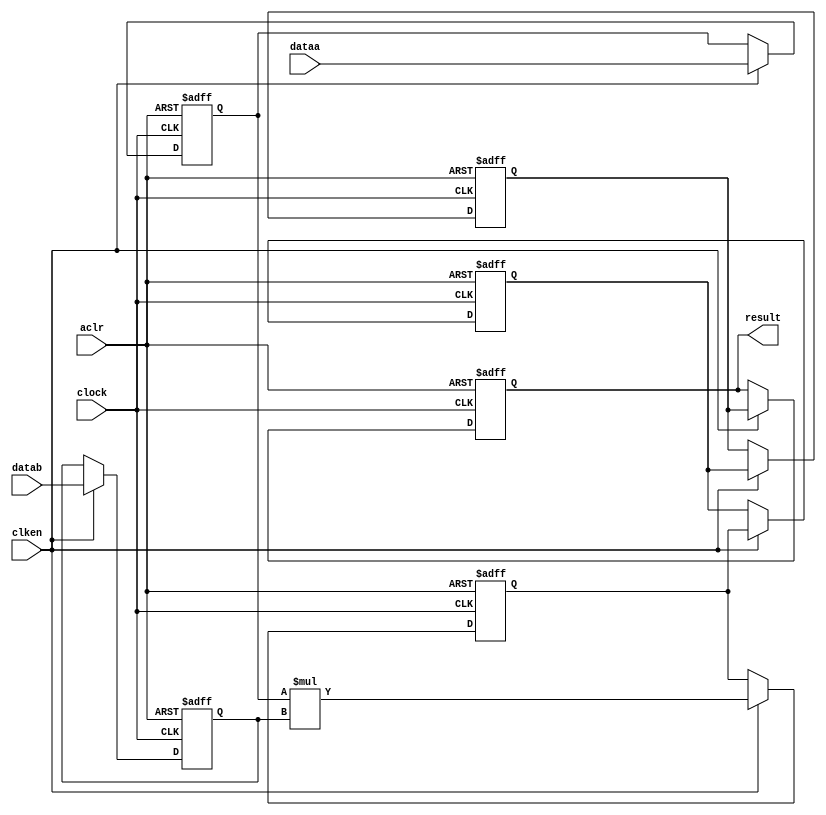
//lpm_mult CBX_DECLARE_ALL_CONNECTED_PORTS="OFF" DEDICATED_MULTIPLIER_CIRCUITRY="YES" DEVICE_FAMILY="Cyclone V" DSP_BLOCK_BALANCING="Auto" LPM_PIPELINE=5 LPM_REPRESENTATION="UNSIGNED" LPM_WIDTHA=24 LPM_WIDTHB=24 LPM_WIDTHP=48 LPM_WIDTHS=1 aclr clken clock dataa datab result CARRY_CHAIN="MANUAL" CARRY_CHAIN_LENGTH=48
//VERSION_BEGIN 22.1 cbx_cycloneii 2023:07:21:07:12:21:SC cbx_lpm_add_sub 2023:07:21:07:12:21:SC cbx_lpm_mult 2023:07:21:07:12:21:SC cbx_mgl 2023:07:21:07:12:36:SC cbx_nadder 2023:07:21:07:12:21:SC cbx_padd 2023:07:21:07:12:21:SC cbx_stratix 2023:07:21:07:12:21:SC cbx_stratixii 2023:07:21:07:12:21:SC cbx_util_mgl 2023:07:21:07:12:21:SC  VERSION_END
// synthesis VERILOG_INPUT_VERSION VERILOG_2001
// altera message_off 10463



// Copyright (C) 2023  Intel Corporation. All rights reserved.
//  Your use of Intel Corporation's design tools, logic functions 
//  and other software and tools, and any partner logic 
//  functions, and any output files from any of the foregoing 
//  (including device programming or simulation files), and any 
//  associated documentation or information are expressly subject 
//  to the terms and conditions of the Intel Program License 
//  Subscription Agreement, the Intel Quartus Prime License Agreement,
//  the Intel FPGA IP License Agreement, or other applicable license
//  agreement, including, without limitation, that your use is for
//  the sole purpose of programming logic devices manufactured by
//  Intel and sold by Intel or its authorized distributors.  Please
//  refer to the applicable agreement for further details, at
//  https://fpgasoftware.intel.com/eula.



//synthesis_resources = 
//synopsys translate_off
`timescale 1 ps / 1 ps
//synopsys translate_on
module  mult_9ct
	( 
	aclr,
	clken,
	clock,
	dataa,
	datab,
	result) /* synthesis synthesis_clearbox=1 */;
	input   aclr;
	input   clken;
	input   clock;
	input   [23:0]  dataa;
	input   [23:0]  datab;
	output   [47:0]  result;
`ifndef ALTERA_RESERVED_QIS
// synopsys translate_off
`endif
	tri0   aclr;
	tri1   clken;
	tri0   clock;
`ifndef ALTERA_RESERVED_QIS
// synopsys translate_on
`endif

	reg  [23:0]  dataa_input_reg;
	reg  [23:0]  datab_input_reg;
	reg  [47:0]  result_output_reg;
	reg  [47:0]  result_extra0_reg;
	reg  [47:0]  result_extra1_reg;
	reg  [47:0]  result_extra2_reg;
	wire [23:0]    dataa_wire;
	wire [23:0]    datab_wire;
	wire [47:0]    result_wire;


	// synopsys translate_off
	initial
		dataa_input_reg = 0;
	// synopsys translate_on
	always @(posedge clock or posedge aclr)
		if (aclr == 1'b1)
			dataa_input_reg <= 24'b0;
		else
			if (clken == 1'b1)
				dataa_input_reg <= dataa;
	// synopsys translate_off
	initial
		datab_input_reg = 0;
	// synopsys translate_on
	always @(posedge clock or posedge aclr)
		if (aclr == 1'b1)
			datab_input_reg <= 24'b0;
		else
			if (clken == 1'b1)
				datab_input_reg <= datab;
	// synopsys translate_off
	initial
		result_output_reg = 0;
	// synopsys translate_on
	always @(posedge clock or posedge aclr)
		if (aclr == 1'b1)
			result_output_reg <= 48'b0;
		else
			if (clken == 1'b1)
				result_output_reg <= result_extra2_reg;
	// synopsys translate_off
	initial
		result_extra0_reg = 0;
	// synopsys translate_on
	always @(posedge clock or posedge aclr)
		if (aclr == 1'b1)
			result_extra0_reg <= 48'b0;
		else
			if (clken == 1'b1)
				result_extra0_reg <= result_wire[47:0];
	// synopsys translate_off
	initial
		result_extra1_reg = 0;
	// synopsys translate_on
	always @(posedge clock or posedge aclr)
		if (aclr == 1'b1)
			result_extra1_reg <= 48'b0;
		else
			if (clken == 1'b1)
				result_extra1_reg <= result_extra0_reg;
	// synopsys translate_off
	initial
		result_extra2_reg = 0;
	// synopsys translate_on
	always @(posedge clock or posedge aclr)
		if (aclr == 1'b1)
			result_extra2_reg <= 48'b0;
		else
			if (clken == 1'b1)
				result_extra2_reg <= result_extra1_reg;

	assign dataa_wire = dataa_input_reg;
	assign datab_wire = datab_input_reg;
	assign result_wire = dataa_wire * datab_wire;
	assign result = ({result_output_reg});

endmodule //mult_9ct
//VALID FILE